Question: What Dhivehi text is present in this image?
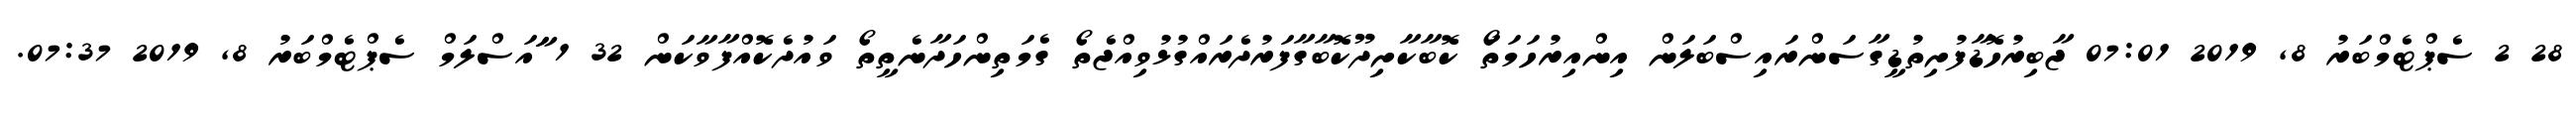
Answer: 28 2 ސެޕްޓެމްބަރު 8, 2019 07:01 ޖާބިރުހޮޑާފުށިތުޑީގާސަންރައިސްބަލަން އިންއިރުހަމަތަޯ ކޮބާކާށިދޫކޮބާގާފަރުދެރައްގުޅުވިއްޖެތޯ ގެމަތިންހަދާނެތީތޯ ވައުދެކޮއްފާވާކަން 32 1 ާައަސްލަމް ސެޕްޓެމްބަރު 8, 2019 07:37.